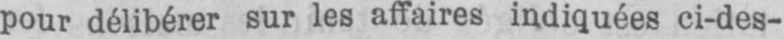
pour délibérer sur les affaires indiquées ci-des-